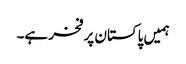
ہمیں پاکستان پر فخر ہے۔